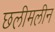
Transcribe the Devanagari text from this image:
छलीमलीन